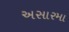
અસારમા